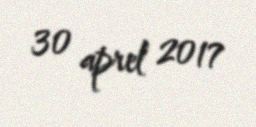
30 aprel 2017